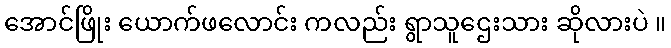
အောင်ဖြိုး ယောက်ဖလောင်း ကလည်း ရွာသူဌေးသား ဆိုလားပဲ ။